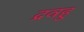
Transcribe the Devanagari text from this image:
द्रवहु